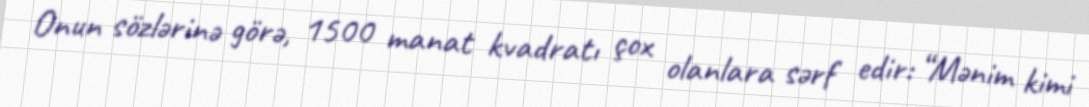
Onun sözlərinə görə, 1500 manat kvadratı çox olanlara sərf edir: “Mənim kimi